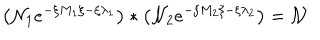
\left( \mathcal { N } _ { 1 } e ^ { - \xi M _ { 1 } \xi - \xi \lambda _ { 1 } } \right) * \left( \mathcal { N } _ { 2 } e ^ { - \xi M _ { 2 } \xi - \xi \lambda _ { 2 } } \right) = \mathcal { N }